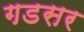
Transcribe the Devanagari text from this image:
गडसर